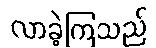
လာခဲ့ကြသည်